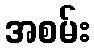
အစမ်း